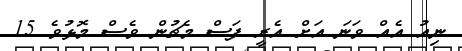
ނިއު އެއް ވަނަ އަށް އެރީ ފަސް މެޗުން ވެސް މޮޅުވެ 15